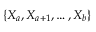
\{ X _ { a } , X _ { a + 1 } , \ldots , X _ { b } \}